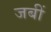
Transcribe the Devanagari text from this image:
जबीं